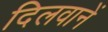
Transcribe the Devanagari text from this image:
दिलवानें